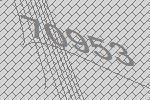
70953